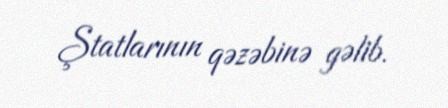
Ştatlarının qəzəbinə gəlib.